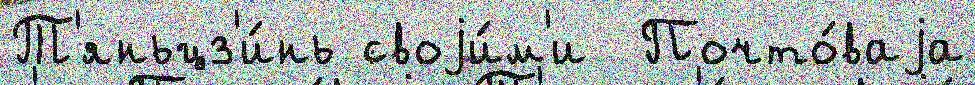
Т'яньцз'и́нь своjи́м'и  Почто́ваjа